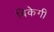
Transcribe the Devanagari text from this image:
बिकेगी